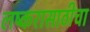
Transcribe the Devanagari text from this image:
लष्करासाठीचा